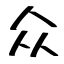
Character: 众